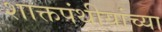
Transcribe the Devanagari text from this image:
शाक्तपंथीयांच्या